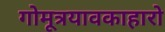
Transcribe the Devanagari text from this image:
गोमूत्रयावकाहारो